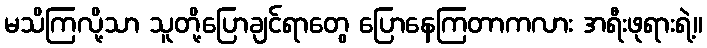
မသိကြလို့သာ သူတို့ပြောချင်ရာတွေ ပြောနေကြတာကလား အရီးဖုရားရဲ့။